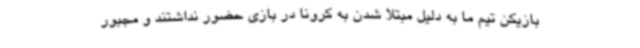
بازیکن تیم ما به دلیل مبتلا شدن به کرونا در بازی حضور نداشتند و مجبور